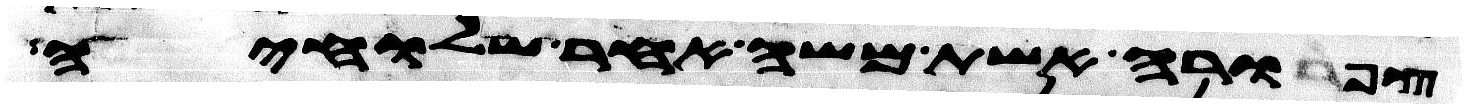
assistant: צפורה אשת משה אחר שלחיה